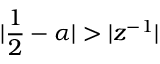
| \frac { 1 } { 2 } - \alpha | > | { z } ^ { - 1 } |